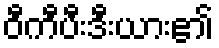
ဝီကီပီးဒီးယား၏